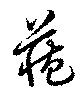
蔵